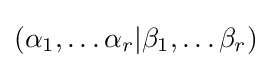
(\alpha _{1},\dots \alpha _{r}|\beta _{1},\dots \beta _{r})